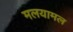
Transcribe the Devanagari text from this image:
मलयामल